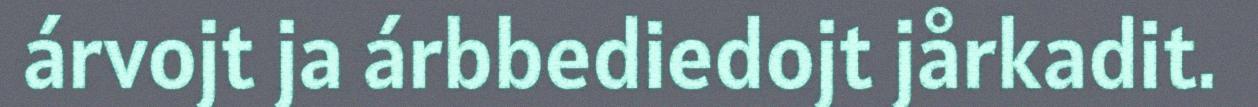
árvojt ja árbbediedojt jårkadit.